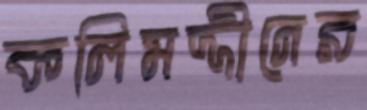
কলিমদ্দীনের